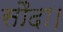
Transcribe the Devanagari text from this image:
सौदा।